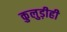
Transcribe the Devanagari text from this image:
कुलुड़ीही